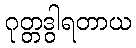
ဂုတ္တဒွါရတာယ